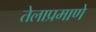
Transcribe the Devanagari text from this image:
तेलाप्रमाणे